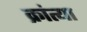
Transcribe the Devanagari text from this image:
क्रांत्या